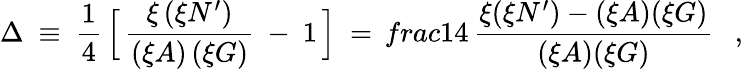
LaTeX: \Delta\ \equiv\ \frac{1}{4}\, \Big[\, \frac{\xi\, (\xi N^{\prime})}{(\xi A)\, (\xi G)}\ -\ 1\, \Big]\ =\, frac{1}{4}\, \frac{\xi(\xi N^{\prime})-(\xi A)(\xi G)}{(\xi A)(\xi G)}\ \ \ ,